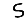
Digit: 5